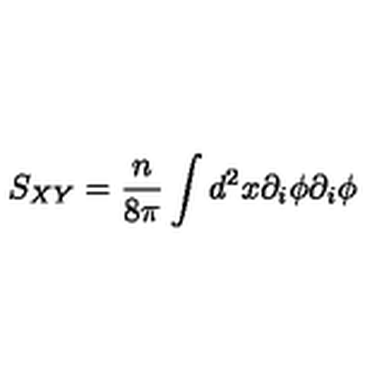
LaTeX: S _ { X Y } = \frac { n } { 8 \pi } \int d ^ { 2 } x \partial _ { i } \phi \partial _ { i } \phi